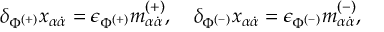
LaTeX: \delta _ { \Phi ^ { ( + ) } } x _ { \alpha \dot { \alpha } } = \epsilon _ { \Phi ^ { ( + ) } } m _ { \alpha \dot { \alpha } } ^ { ( + ) } , \quad \delta _ { \Phi ^ { ( - ) } } x _ { \alpha \dot { \alpha } } = \epsilon _ { \Phi ^ { ( - ) } } m _ { \alpha \dot { \alpha } } ^ { ( - ) } ,